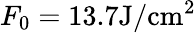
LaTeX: F_{0}=13.7\mathrm{J/cm^{2}}